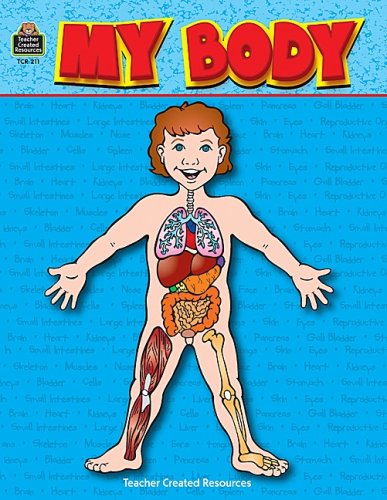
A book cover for My Body (Science Books); Patty Carratello; Children's Books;